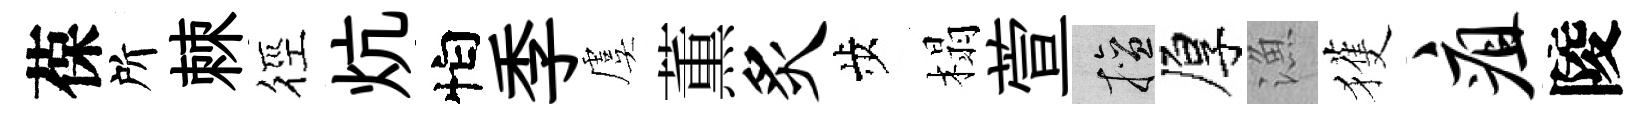
葆所棘徑炕怕季虞薫炙歩榻萱擅厚漁獲疽陵